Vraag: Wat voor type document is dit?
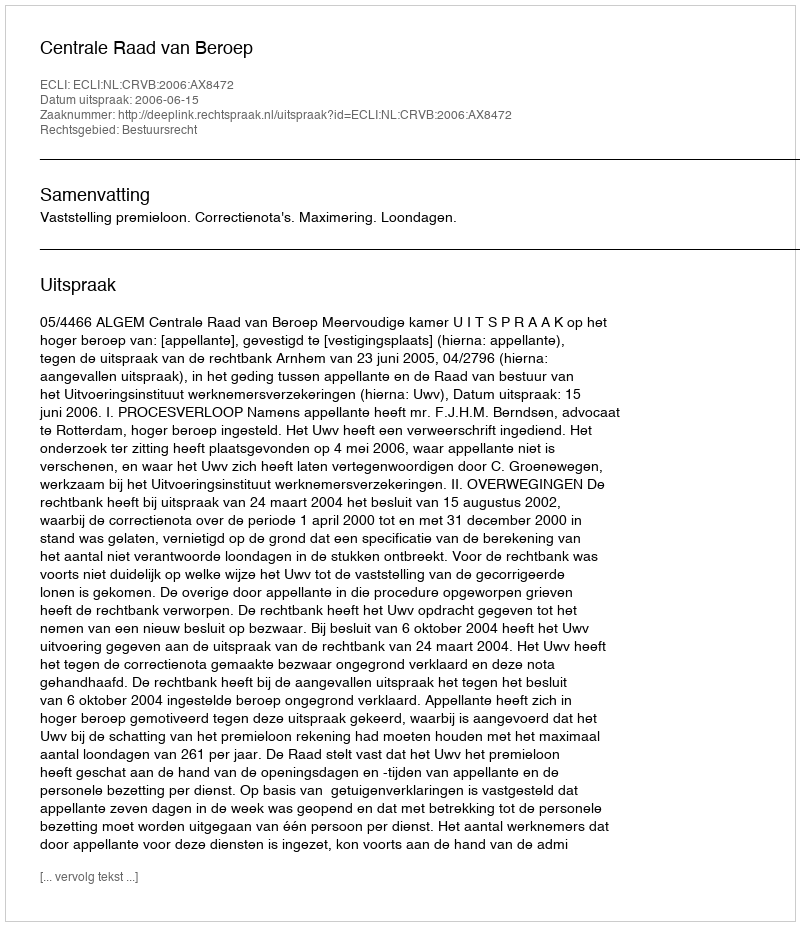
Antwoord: Uitspraak